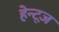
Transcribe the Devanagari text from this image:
हेन्ट्ज़